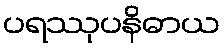
ပရဿုပနိဓာယ